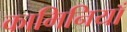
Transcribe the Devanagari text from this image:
कामिनियाँ